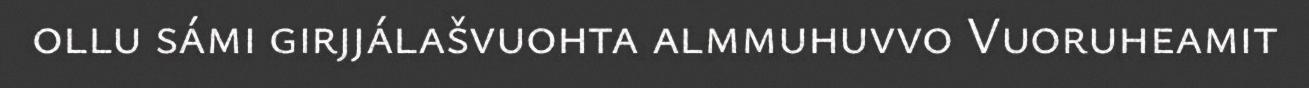
ollu sámi girjjálašvuohta almmuhuvvo Vuoruheamit